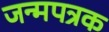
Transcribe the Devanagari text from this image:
जन्मपत्रक